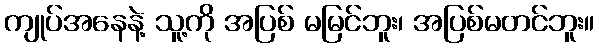
ကျုပ်အနေနဲ့ သူ့ကို အပြစ် မမြင်ဘူး၊ အပြစ်မတင်ဘူး။